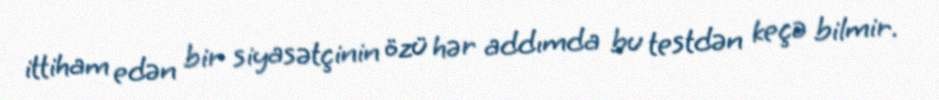
ittiham edən bir siyasətçinin özü hər addımda bu testdən keçə bilmir.